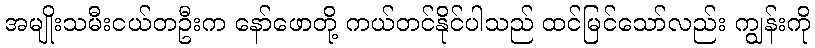
အမျိုးသမီးငယ်တဦးက နော်ဖောတို့ ကယ်တင်နိုင်ပါသည် ထင်မြင်သော်လည်း ကျွန်းကို